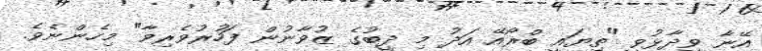
އޭނާ ވިދާޅުވީ "ތިޔައީ ބްރޯއޭ އަދު މި ދީބުގެ ޒުވާނުން ފަހުރުވެރިވާ" މިހެންނެވެ.